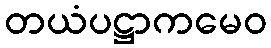
တယံပဋ္ဌာကမေဝ